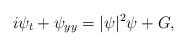
LaTeX: \begin{align*}i \psi_t + \psi_{yy} = |\psi|^2 \psi + G,\end{align*}